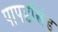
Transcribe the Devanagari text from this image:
पापडखिंड